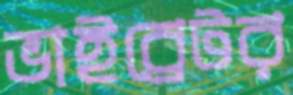
ভাইব্রেটর